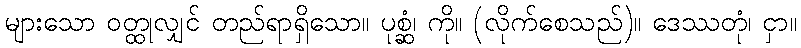
များသော ဝတ္ထုလျှင် တည်ရာရှိသော။ ပုစ္ဆံ၊ ကို။ (လိုက်စေသည်)။ ဒေဿတုံ၊ ငှာ။